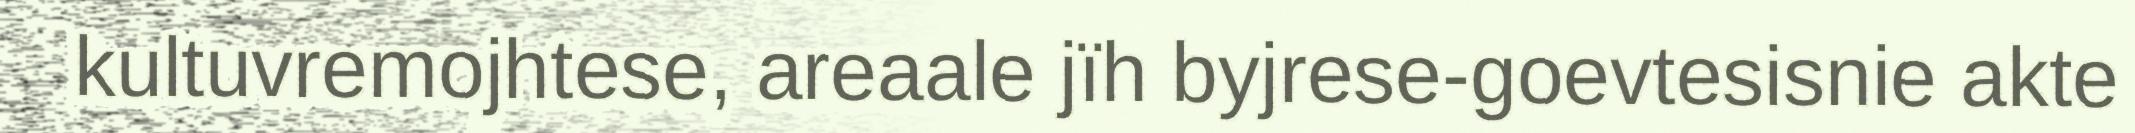
kultuvremojhtese, areaale jïh byjrese-goevtesisnie akte